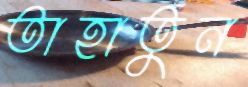
তাহাতুন